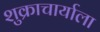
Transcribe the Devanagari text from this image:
शुक्राचार्याला